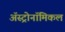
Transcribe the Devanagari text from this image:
अॅस्ट्रोनॉमिकल